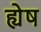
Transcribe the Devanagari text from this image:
ह्येष